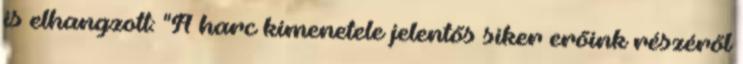
is elhangzott: "A harc kimenetele jelentős siker erőink részéről